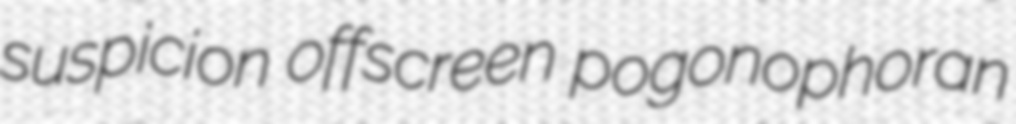
suspicion offscreen pogonophoran